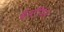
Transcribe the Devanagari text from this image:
बैस्टीयन